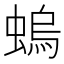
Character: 螐